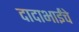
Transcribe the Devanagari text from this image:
दादाभाईंचे